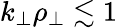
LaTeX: k_{\perp}\rho_{\perp}\lesssim 1